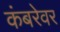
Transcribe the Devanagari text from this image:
कंबरेवर